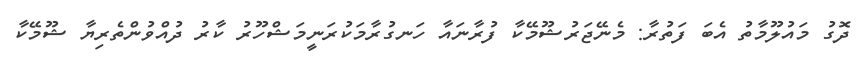
ދޮގު މައުލޫމާތު އެބަ ފަތުރާ: މެނޭޖަރުޝޫމޭކާ ފުރާނައާ ހަނގުރާމަކުރަނީމަޝްހޫރު ކާރު ދުއްވުންތެރިޔާ ޝޫމޭކާ